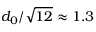
d _ { 0 } / \sqrt { 1 2 } \approx 1 . 3